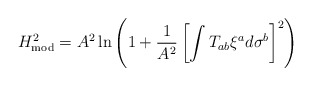
\begin{align*}H^2_{\rm mod} = A^2 \ln \left(1 + {1 \over A^2} \left[ \int T_{ab} \xi^a d \sigma^b \right]^2 \right)\end{align*}